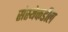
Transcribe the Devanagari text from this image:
संस्थेकडील